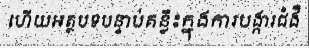
ហើយអត្ថបទបន្ទាប់គន្លឹះក្នុងការបង្ការជំងឺ